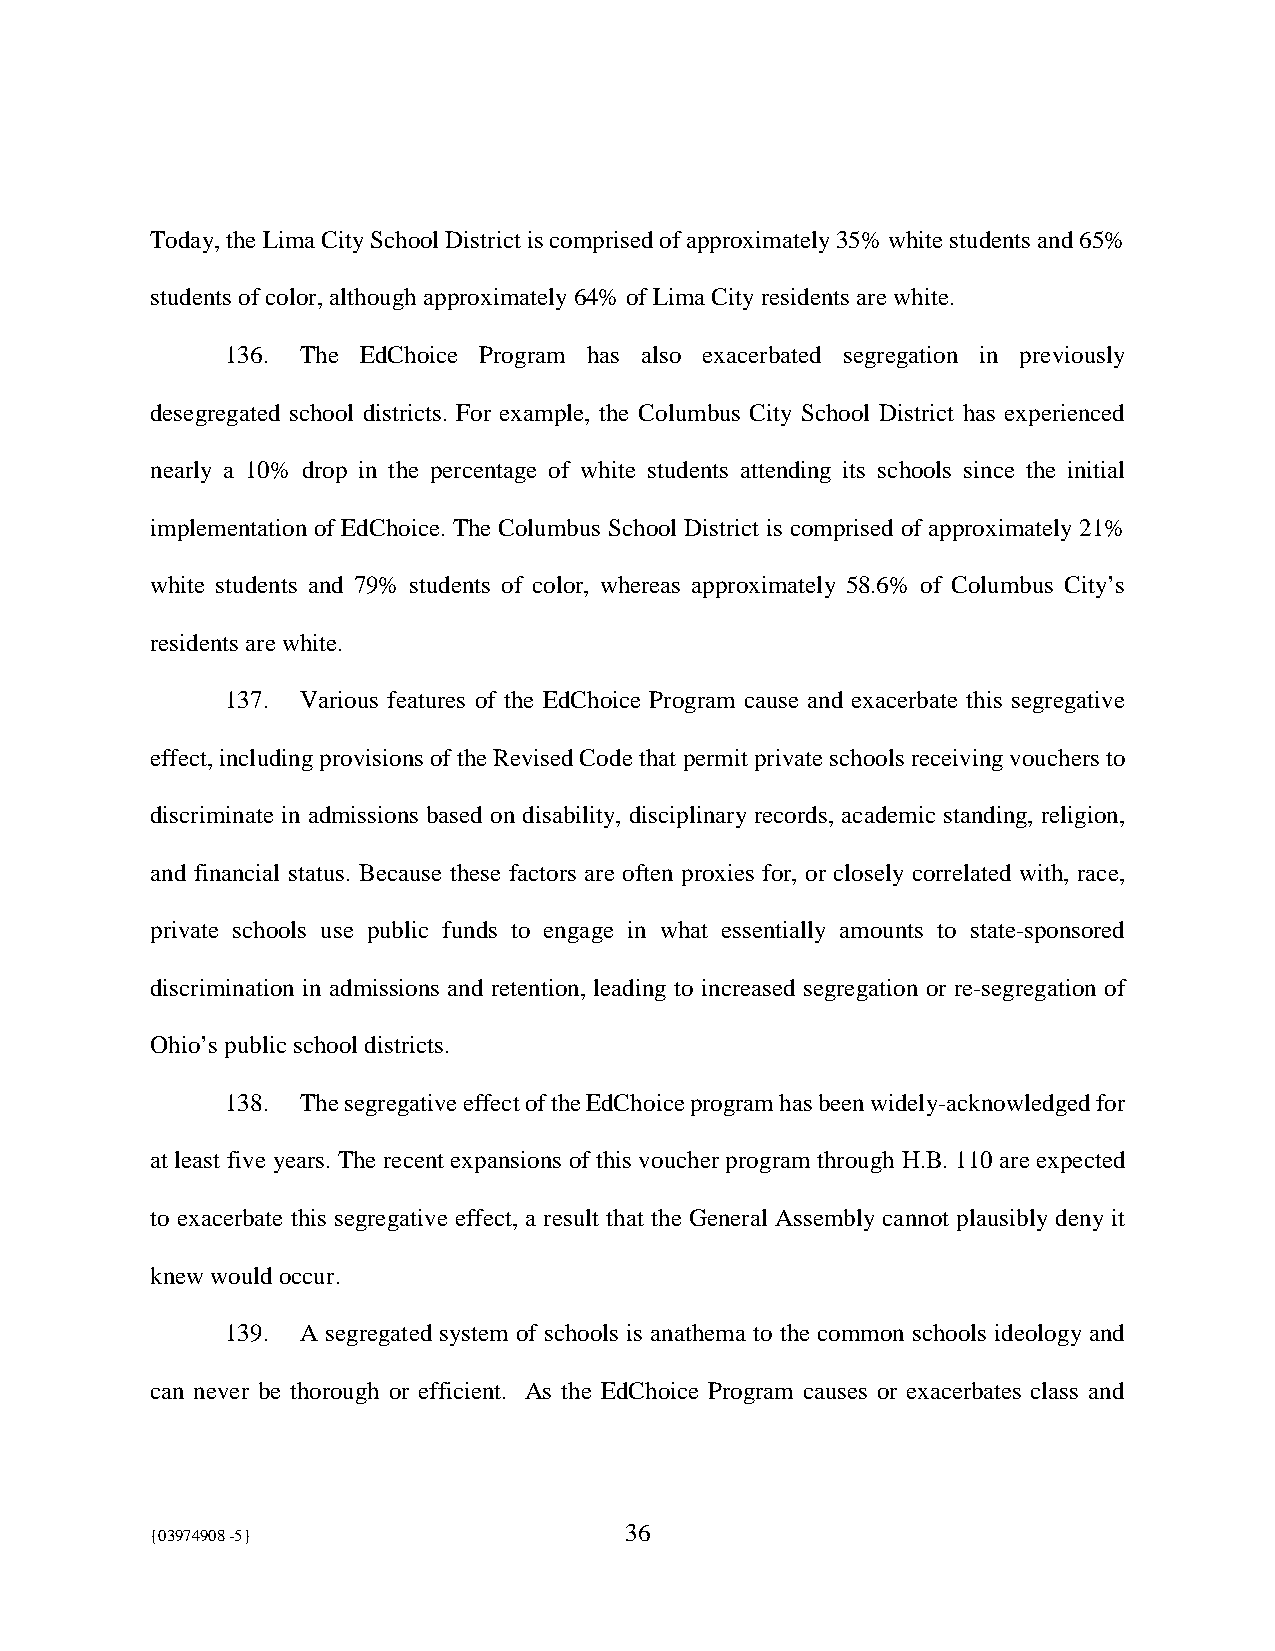
Today, the Lima City School District is comprised of approximately 35% white students and 65%
 students of color, although approximately 64% of Lima City residents are white.
 136. The EdChoice Program has also exacerbated segregation in previously
 desegregated school districts. For example, the Columbus City School District has experienced
 nearly a 10% drop in the percentage of white students attending its schools since the initial
 implementation of EdChoice. The Columbus School District is comprised of approximately 21%
 white students and 79% students of color, whereas approximately 58.6% of Columbus City’s
 residents are white.
 137. Various features of the EdChoice Program cause and exacerbate this segregative
 effect, including provisions of the Revised Code that permit private schools receiving vouchers to
 discriminate in admissions based on disability, disciplinary records, academic standing, religion,
 and financial status. Because these factors are often proxies for, or closely correlated with, race,
 private schools use public funds to engage in what essentially amounts to state-sponsored
 discrimination in admissions and retention, leading to increased segregation or re-segregation of
 Ohio’s public school districts.
 138. The segregative effect of the EdChoice program has been widely-acknowledged for
 at least five years. The recent expansions of this voucher program through H.B. 110 are expected
 to exacerbate this segregative effect, a result that the General Assembly cannot plausibly deny it
 knew would occur.
 139. A segregated system of schools is anathema to the common schools ideology and
 can never be thorough or efficient. As the EdChoice Program causes or exacerbates class and
 {03974908 -5}                  36